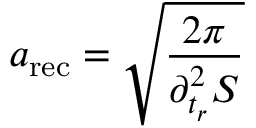
a _ { \mathrm { r e c } } = \sqrt { \frac { 2 \pi } { \partial _ { t _ { r } } ^ { 2 } S } }